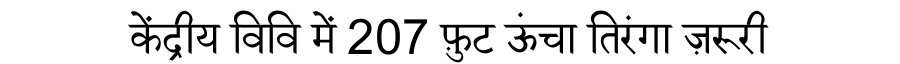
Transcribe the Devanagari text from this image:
केंद्रीय विवि में 207 फ़ुट ऊंचा तिरंगा ज़रूरी